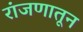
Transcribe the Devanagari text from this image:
रांजणातून